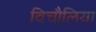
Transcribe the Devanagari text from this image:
बिचौलिया